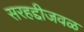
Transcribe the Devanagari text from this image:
सरहद्दीजवळ